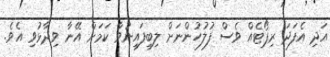
އަދި އެފަދަ ރިޕޯޓެއް ވެސް ފުލުހުންނަށް ލިބިފައިނުވާ ކަމަށް އޭނާ ވިދާޅުވި އެވެ.